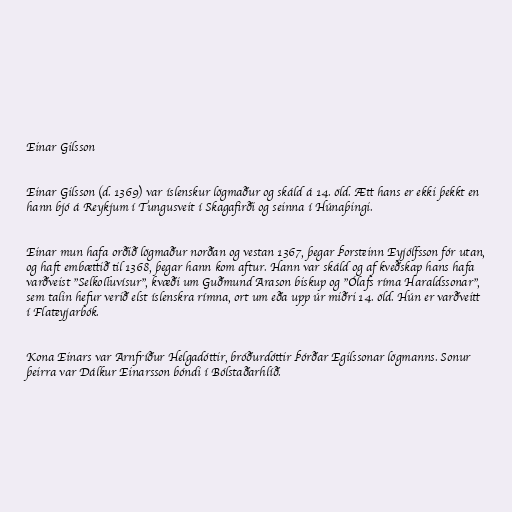
Einar Gilsson

Einar Gilsson (d. 1369) var íslenskur lögmaður og skáld á 14. öld. Ætt hans er ekki þekkt en
hann bjó á Reykjum í Tungusveit í Skagafirði og seinna í Húnaþingi.

Einar mun hafa orðið lögmaður norðan og vestan 1367, þegar Þorsteinn Eyjólfsson fór utan,
og haft embættið til 1368, þegar hann kom aftur. Hann var skáld og af kveðskap hans hafa
varðveist "Selkolluvísur", kvæði um Guðmund Arason biskup og "Ólafs ríma Haraldssonar",
sem talin hefur verið elst íslenskra rímna, ort um eða upp úr miðri 14. öld. Hún er varðveitt
í Flateyjarbók.

Kona Einars var Arnfríður Helgadóttir, bróðurdóttir Þórðar Egilssonar lögmanns. Sonur
þeirra var Dálkur Einarsson bóndi í Bólstaðarhlíð.